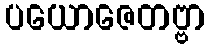
ပယောဇေတဗ္ဗာ